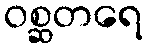
ဝစ္ဆတရေ